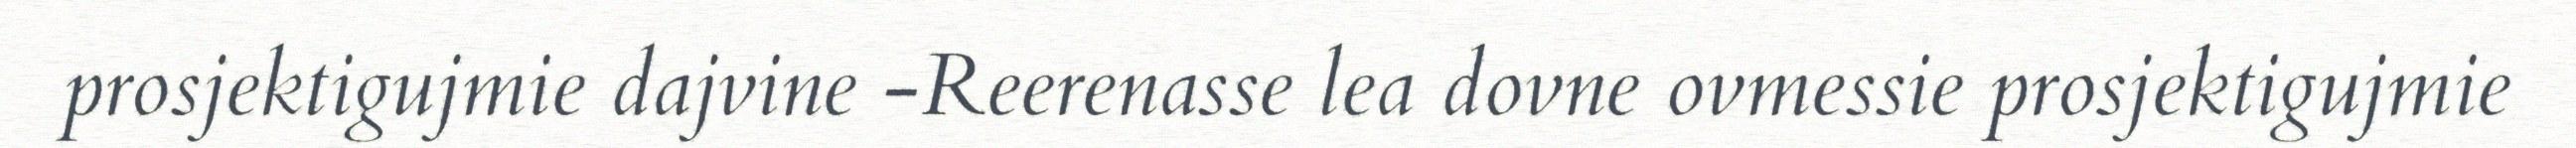
prosjektigujmie dajvine -Reerenasse lea dovne ovmessie prosjektigujmie